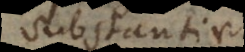
substantiae